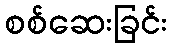
စစ်ဆေးခြင်း